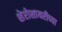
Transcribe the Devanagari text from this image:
शेरोशायरीच्या